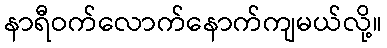
နာရီဝက်လောက်နောက်ကျမယ်လို့။